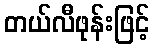
တယ်လီဖုန်းဖြင့်